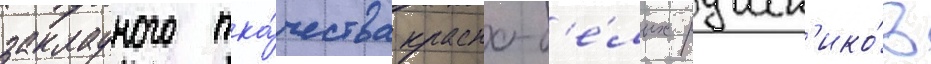
закладного тка́чества красно-б'е́лых рушн'ико́в